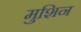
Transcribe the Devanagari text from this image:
मुशिन